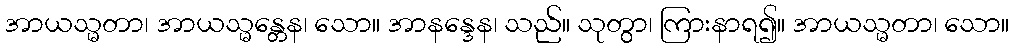
အာယသ္မတာ၊ အာယသ္မန္တေန၊ သော။ အာနန္ဒေန၊ သည်။ သုတွာ၊ ကြားနာရ၍။ အာယသ္မတာ၊ သော။